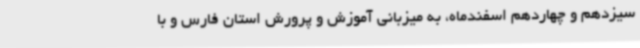
سیزدهم و چهاردهم اسفندماه، به میزبانی آموزش و پرورش استان فارس و با